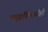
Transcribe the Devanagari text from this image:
समुद्रकिनारीही